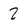
Character: 2